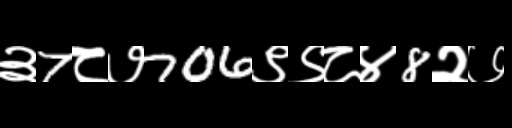
Text: ३7८७706९९८४8२७